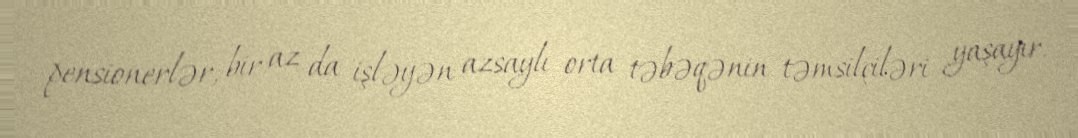
pensionerlər, bir az da işləyən azsaylı orta təbəqənin təmsilçiləri yaşayır.